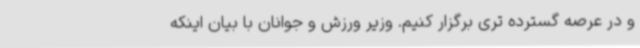
و در عرصه گسترده تری برگزار کنیم. وزیر ورزش و جوانان با بیان اینکه